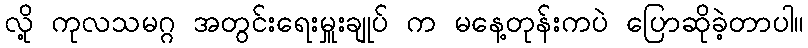
လို့ ကုလသမဂ္ဂ အတွင်းရေးမှူးချုပ် က မနေ့တုန်းကပဲ ပြောဆိုခဲ့တာပါ။